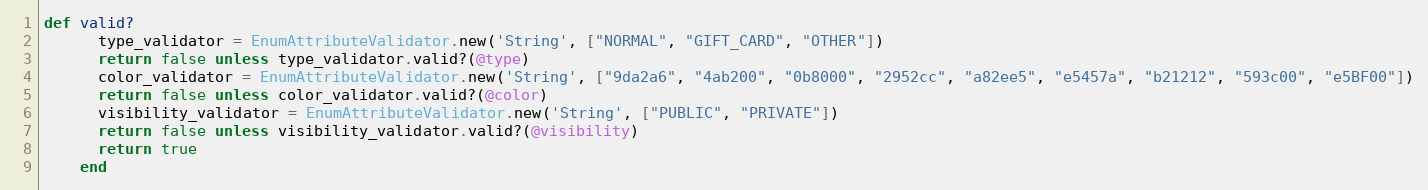
Language: Ruby
def valid?
      type_validator = EnumAttributeValidator.new('String', ["NORMAL", "GIFT_CARD", "OTHER"])
      return false unless type_validator.valid?(@type)
      color_validator = EnumAttributeValidator.new('String', ["9da2a6", "4ab200", "0b8000", "2952cc", "a82ee5", "e5457a", "b21212", "593c00", "e5BF00"])
      return false unless color_validator.valid?(@color)
      visibility_validator = EnumAttributeValidator.new('String', ["PUBLIC", "PRIVATE"])
      return false unless visibility_validator.valid?(@visibility)
      return true
    end